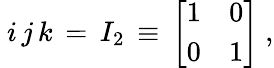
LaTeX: ~i\, j\, k\, =\, I_{2}\, \equiv\, {\left[\begin{array}{ll}{1}&{0}\\ {0}&{1}\end{array}\right]}~,